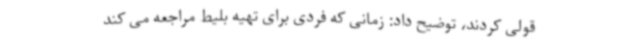
قولی کردند، توضیح داد: زمانی که فردی برای تهیه بلیط مراجعه می کند